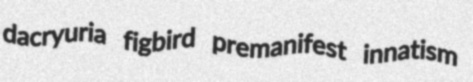
dacryuria figbird premanifest innatism